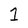
Character: 1